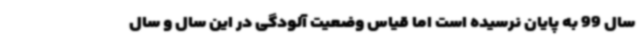
سال 99 به پایان نرسیده است اما قیاس وضعیت آلودگی در این سال و سال